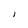
Character: I